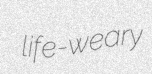
life-weary